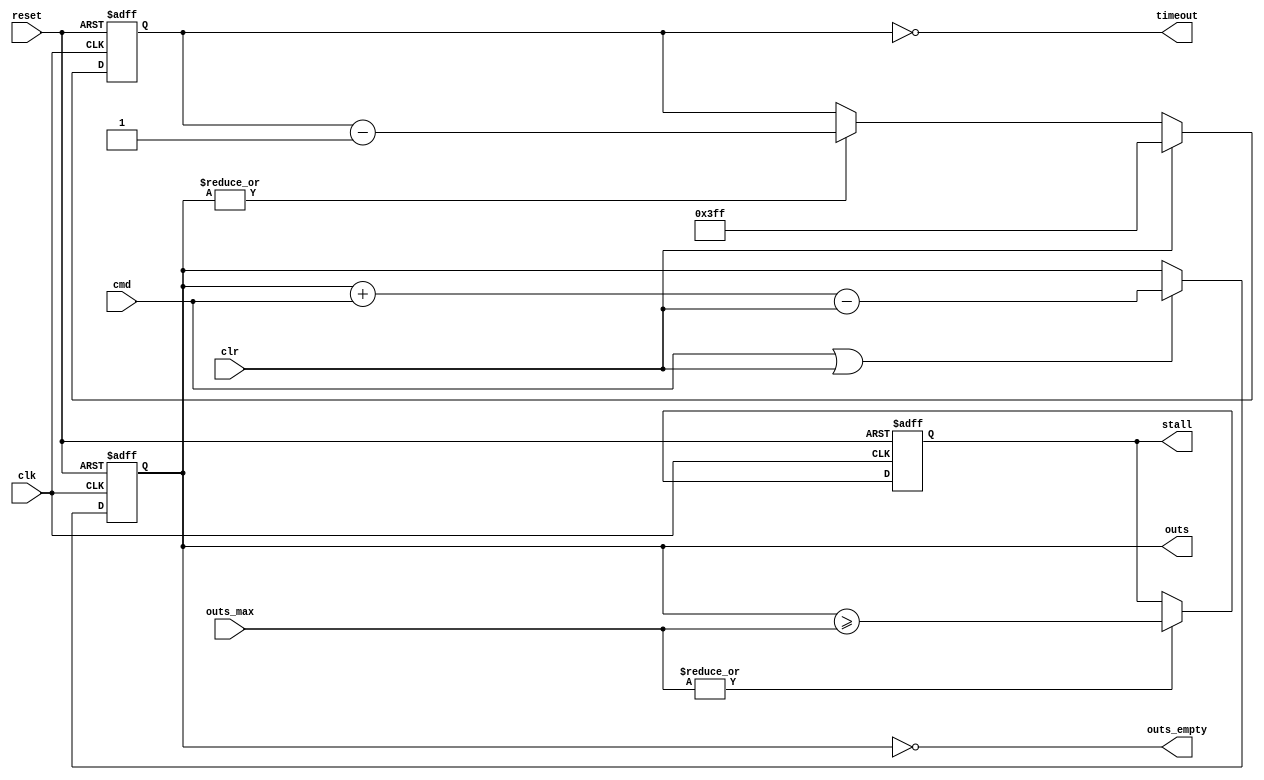
/////////////////////////////////////////////////////////////////////
////                                                             ////
////          eyal@provartec.com                                 ////
////                                                             ////
////  Downloaded from: http://www.opencores.org                  ////
/////////////////////////////////////////////////////////////////////
////                                                             ////
//// Copyright (C) 2010 Provartec LTD                            ////
//// www.provartec.com                                           ////
//// info@provartec.com                                          ////
////                                                             ////
//// This source file may be used and distributed without        ////
//// restriction provided that this copyright statement is not   ////
//// removed from the file and that any derivative work contains ////
//// the original copyright notice and the associated disclaimer.////
////                                                             ////
//// This source file is free software; you can redistribute it  ////
//// and/or modify it under the terms of the GNU Lesser General  ////
//// Public License as published by the Free Software Foundation.////
////                                                             ////
//// This source is distributed in the hope that it will be      ////
//// useful, but WITHOUT ANY WARRANTY; without even the implied  ////
//// warranty of MERCHANTABILITY or FITNESS FOR A PARTICULAR     ////
//// PURPOSE.  See the GNU Lesser General Public License for more////
//// details. http://www.gnu.org/licenses/lgpl.html              ////
////                                                             ////
/////////////////////////////////////////////////////////////////////
//---------------------------------------------------------
//-- File generated by RobustVerilog parser
//-- Version: 1.0
//-- Invoked Fri Mar 25 23:36:56 2011
//--
//-- Source file: dma_ch_outs.v
//---------------------------------------------------------



module dma_axi64_core0_ch_outs(clk,reset,cmd,clr,outs_max,outs,outs_empty,stall,timeout);
   
   input                    clk;
   input             reset;

   input             cmd;
   input             clr;
   input [4-1:0]    outs_max;
   output [4-1:0]   outs;
   output             outs_empty;
   output             stall;
   output             timeout;
   

   reg [4-1:0]         outs;
   wire [4-1:0]     outs_pre;
   reg                 stall;
   reg [10-1:0]  counter;


   
   assign             outs_empty = outs == 'd0;
   
   assign             outs_pre = outs + cmd - clr;
   
   always @(posedge clk or posedge reset)
     if (reset)
       outs <= #1 'd0;
     else if (cmd | clr)
       outs <= #1 outs_pre;

   
   always @(posedge clk or posedge reset)
     if (reset)
       stall <= #1 1'b0;
     else if (|outs_max)
       stall <= #1 outs >= outs_max;
   

   
   assign             timeout = (counter == 'd0);
   
   always @(posedge clk or posedge reset)
     if (reset)
       counter <= #1 {10{1'b1}};
     else if (clr)
       counter <= #1 {10{1'b1}};
     else if (|outs)
       counter <= #1 counter - 1'b1;
   
             
endmodule